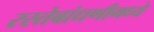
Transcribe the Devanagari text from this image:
रस्तेबांधणीमध्ये